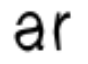
ar